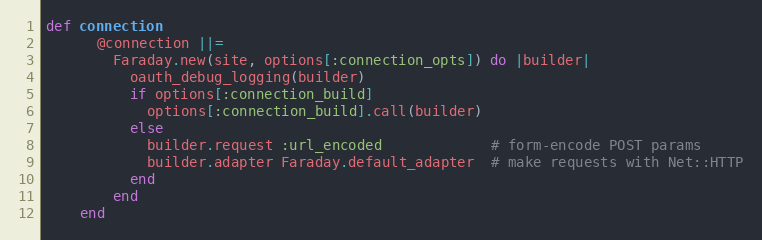
Language: Ruby
def connection
      @connection ||=
        Faraday.new(site, options[:connection_opts]) do |builder|
          oauth_debug_logging(builder)
          if options[:connection_build]
            options[:connection_build].call(builder)
          else
            builder.request :url_encoded             # form-encode POST params
            builder.adapter Faraday.default_adapter  # make requests with Net::HTTP
          end
        end
    end